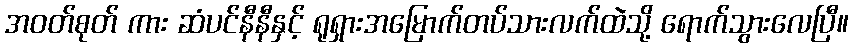
အဝတ်စုတ် ကား ဆံပင်နီနီနှင့် ရုရှားအမြောက်တပ်သားလက်ထဲသို့ ရောက်သွားလေပြီ။